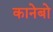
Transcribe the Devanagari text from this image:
कानेबो